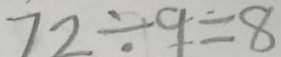
7 2 \div 9 = 8